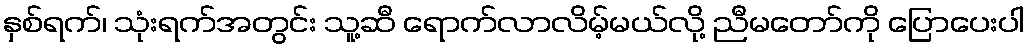
နှစ်ရက်၊ သုံးရက်အတွင်း သူ့ဆီ ရောက်လာလိမ့်မယ်လို့ ညီမတော်ကို ပြောပေးပါ